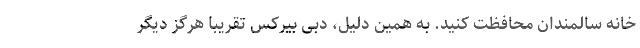
خانه سالمندان محافظت کنید. به همین دلیل، دِبی بیرکس تقریبا هرگز دیگر